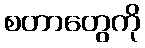
စတာတွေကို